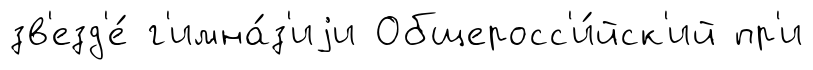
зв'езд'е́ г'имна́з'иjи Общеросс'и́йск'ий пр'и